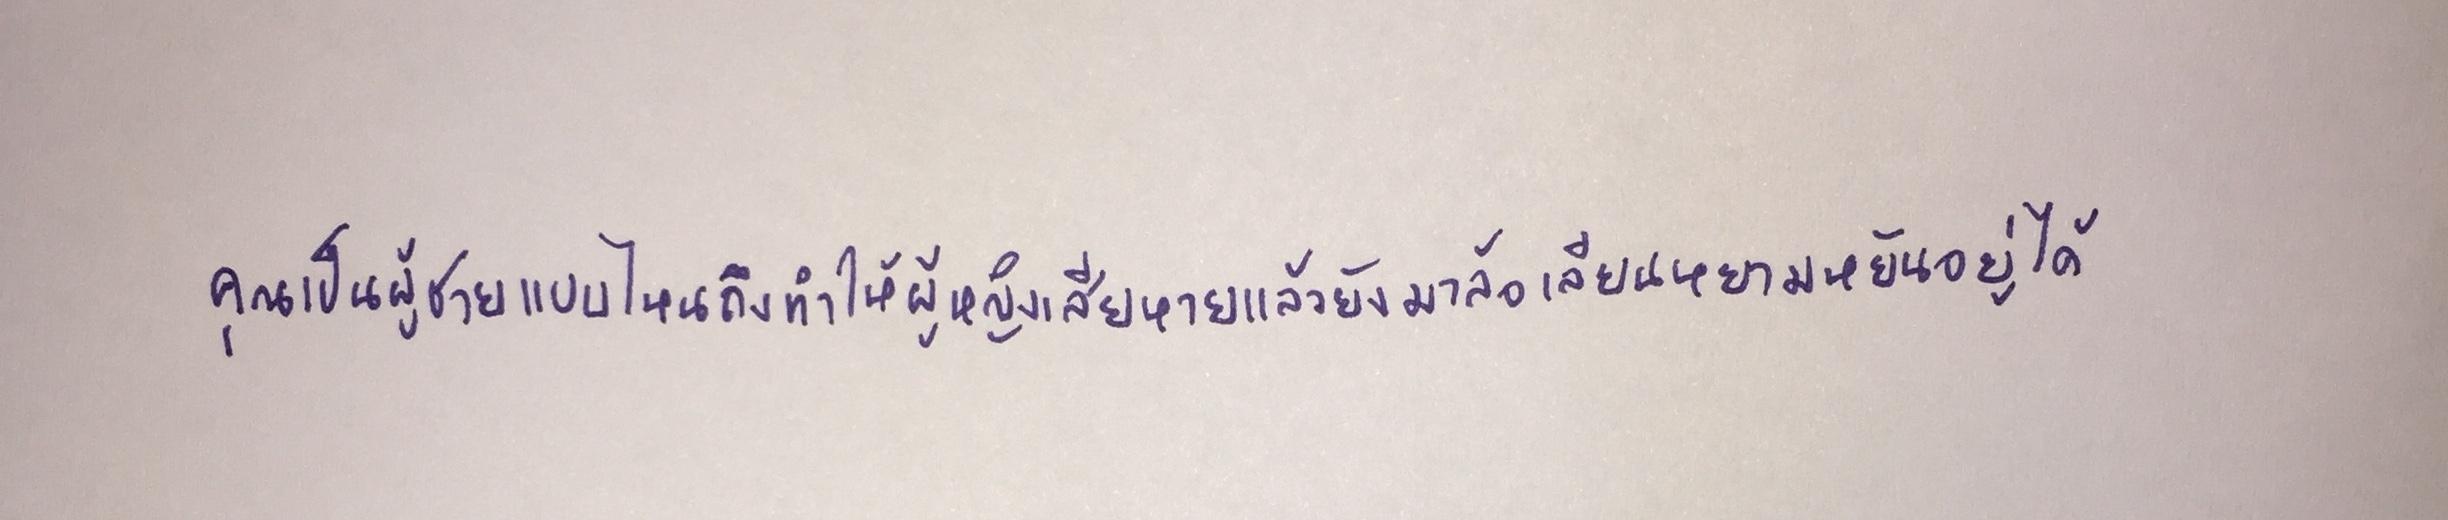
คุณเป็นผู้ชายแบบไหนถึงทำให้ผู้หญิงเสียหายแล้วยังมาล้อเลียนหยามหยันอยู่ได้"